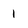
Character: 1